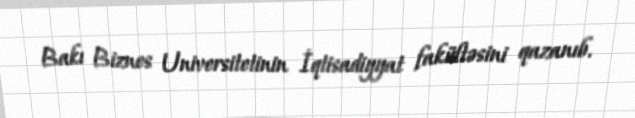
Bakı Biznes Universitetinin İqtisadiyyat fakültəsini qazanıb.